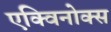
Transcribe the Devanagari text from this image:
एक्विनोक्स